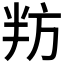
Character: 𭁌